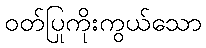
ဝတ်ပြုကိုးကွယ်သော